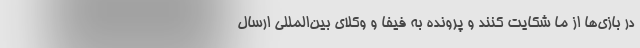
در بازی‌ها از ما شکایت کنند و پرونده به فیفا و وکلای بین‌المللی ارسال